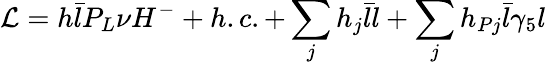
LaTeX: {\cal L}=h\bar{l}P_{L}\nu H^{-}+h.c.+\sum_{j}h_{j}\bar{l}l+\sum_{j}h_{Pj}\bar{l}\gamma_{5}l